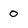
Character: 0